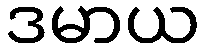
ဒမာယ